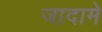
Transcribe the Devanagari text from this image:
जादामे